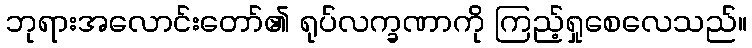
ဘုရားအလောင်းတော်၏ ရုပ်လက္ခဏာကို ကြည့်ရှုစေလေသည်။